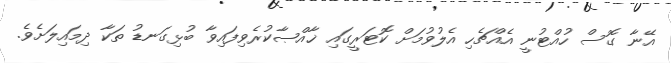
އޭނާ ގޮސް ހުއްޓުނީ އެއްޗެހި އެލުވުމަށް ކޮޓަރީގައި ޚާއްޞާކުރެވިފައިވާ ބުޅިގަނޑު ތަކާ ދިމައިލަށެވެ.